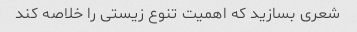
شعری بسازید که اهمیت تنوع زیستی را خلاصه کند